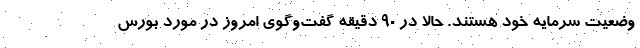
وضعیت سرمایه خود هستند. حالا در 90 دقیقه گفت‌وگوی امروز در مورد بورس